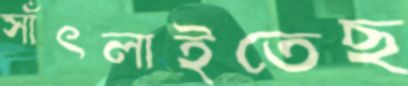
সাঁৎলাইতেছ